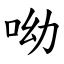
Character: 呦